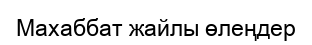
Махаббат жайлы өлеңдер